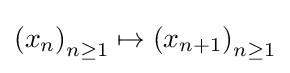
\left(x_{n}\right)_{n\geq 1}\mapsto \left(x_{n+1}\right)_{n\geq 1}